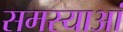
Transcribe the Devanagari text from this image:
समस्याआं